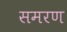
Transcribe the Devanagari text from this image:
समरण